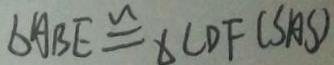
b A B E \cong \Delta C D F ( S A S )